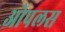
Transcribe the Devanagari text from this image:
ओपलस